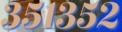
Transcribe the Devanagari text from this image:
३५१३५२